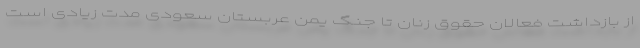
از بازداشت فعالان حقوق زنان تا جنگ یمن عربستان سعودی مدت زیادی است